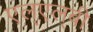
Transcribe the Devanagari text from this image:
एल्‌एल्‌बी